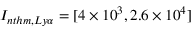
I _ { n t h m , L y \alpha } = [ 4 \times 1 0 ^ { 3 } , 2 . 6 \times 1 0 ^ { 4 } ]